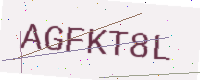
Text: AGFKT8L